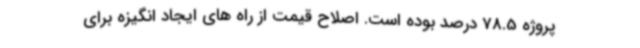
پروژه 78.5 درصد بوده است. اصلاح قیمت از راه های ایجاد انگیزه برای